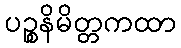
ပဉ္စနိမိတ္တကထာ